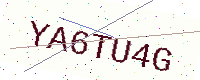
Text: YA6TU4G